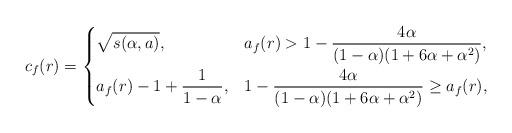
LaTeX: \begin{align*}c_f(r)&=\begin{dcases}\sqrt{s(\alpha,a)}, & a_f(r)>1-\frac{4\alpha }{(1-\alpha)(1+6\alpha+\alpha^2)},\\a_f(r)-1+\dfrac{1}{1-\alpha}, &1-\frac{4\alpha }{(1-\alpha)(1+6\alpha+\alpha^2)}\geq a_f(r),\end{dcases}\end{align*}